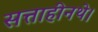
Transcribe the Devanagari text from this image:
सत्ताहीनथे।